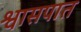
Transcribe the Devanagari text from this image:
श्वासपात